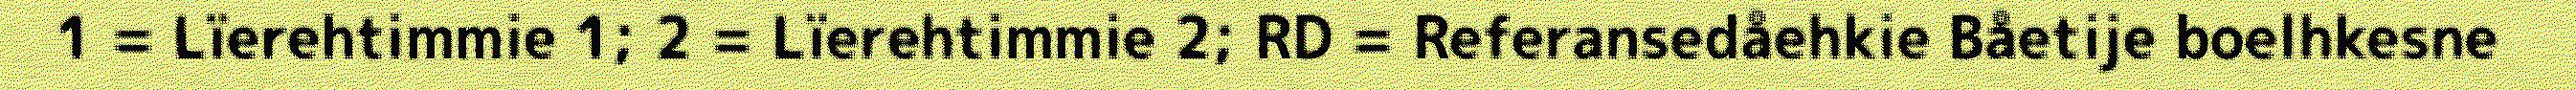
1 = Lïerehtimmie 1; 2 = Lïerehtimmie 2; RD = Referansedåehkie Båetije boelhkesne